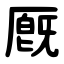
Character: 厩